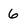
Character: 6